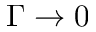
\Gamma \to 0